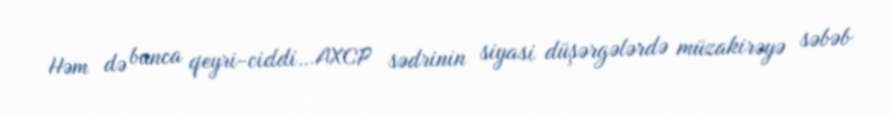
Həm də bunca qeyri-ciddi…AXCP sədrinin siyasi düşərgələrdə müzakirəyə səbəb